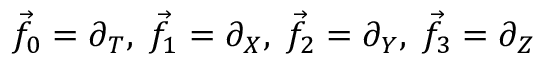
{ \vec { f } } _ { 0 } = \partial _ { T } , \; { \vec { f } } _ { 1 } = \partial _ { X } , \; { \vec { f } } _ { 2 } = \partial _ { Y } , \; { \vec { f } } _ { 3 } = \partial _ { Z }